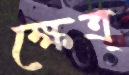
ক্ষেত্র্